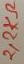
Text: 2,2KΩ